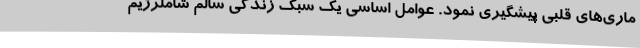
ماری‌های قلبی پیشگیری نمود. عوامل اساسی یک سبک زندگی سالم شاملرژیم